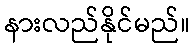
နားလည်နိုင်မည်။